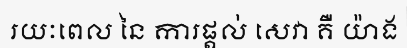
រយៈពេល នៃ ការផ្តល់ សេវា គឺ យ៉ាង